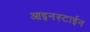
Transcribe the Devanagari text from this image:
आइनस्टाईन